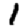
Digit: 1